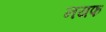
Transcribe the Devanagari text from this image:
नयफ